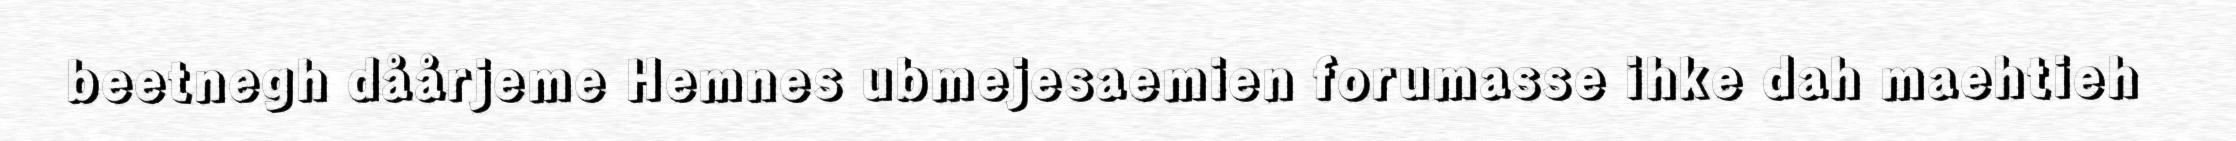
beetnegh dåårjeme Hemnes ubmejesaemien forumasse ihke dah maehtieh